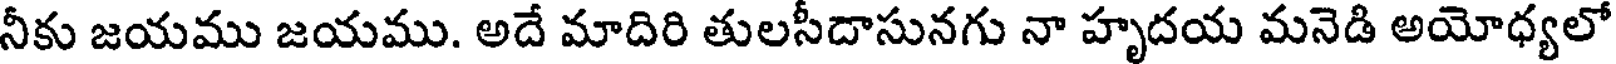
నీకు జయము జయము. అదే మాదిరి తులసీదాసునగు నా హృదయ మనెడి అయోధ్యలో